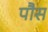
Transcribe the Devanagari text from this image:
पौस